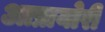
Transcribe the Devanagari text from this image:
आप्रायोरी